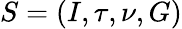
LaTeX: S=(I,\tau,\nu,G)